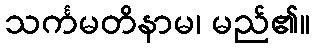
သင်္ကမတိနာမ၊ မည်၏။